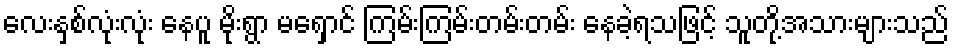
လေးနှစ်လုံးလုံး နေပူ မိုးရွာ မရှောင် ကြမ်းကြမ်းတမ်းတမ်း နေခဲ့ရသဖြင့် သူတို့အသားများသည်